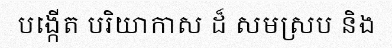
បង្កើត បរិយាកាស ដ៏ សមស្រប និង